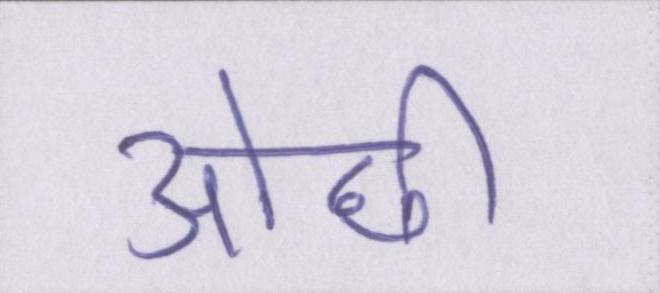
ओछी